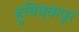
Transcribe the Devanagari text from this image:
हुविष्कपूर